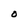
Character: O